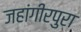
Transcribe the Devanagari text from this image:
जहांगीरपुरा